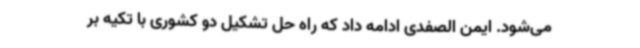
می‌شود. ایمن الصفدی ادامه داد که راه حل تشکیل دو کشوری با تکیه بر